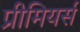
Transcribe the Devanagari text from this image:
प्रीमियर्स